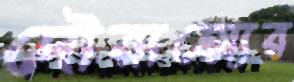
দৌরাত্ম্যের